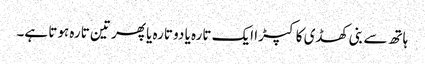
ہاتھ سے بنی کھڈی کا کپڑا ایک تارہ یا دو تارہ یا پھر تین تارہ ہوتا ہے۔